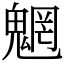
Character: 魍